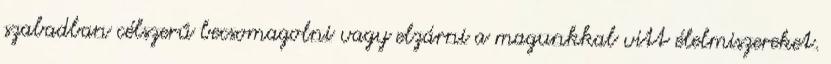
szabadban célszerű becsomagolni vagy elzárni a magunkkal vitt élelmiszereket.